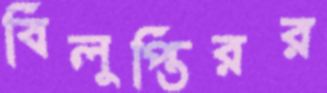
বিলুপ্তিরর